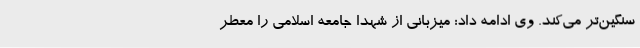
سنگین‌تر می‌کند. وی ادامه داد: میزبانی از شهدا جامعه اسلامی را معطر